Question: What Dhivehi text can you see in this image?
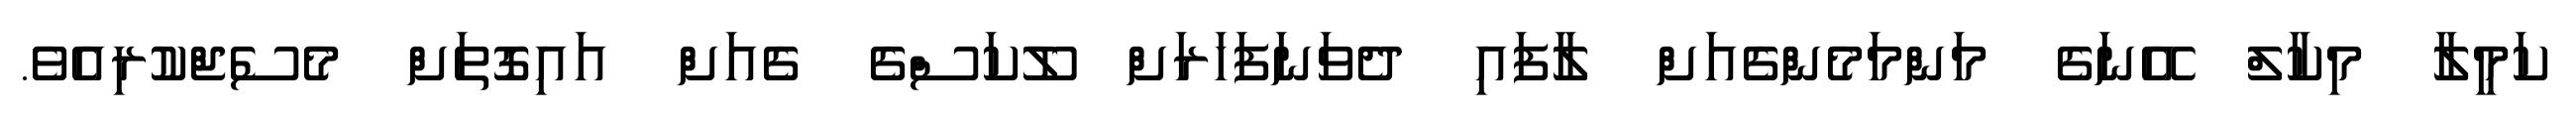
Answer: ކަމީލާ މިކާލް އޭނަގެ މަންމަމެންގެއަށް ލާފައި ދެވަނަފަހަރަށް ލޫކަސްގެ ގެއަށް އައިގޮތަށް މެސެޖްކުރިއެވެ.